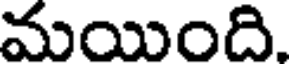
మయింది.